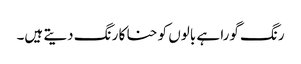
رنگ گورا ہے بالوں کو حنا کا رنگ دیتے ہیں۔